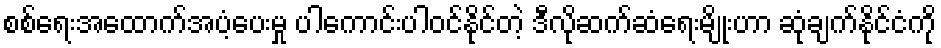
စစ်ရေးအထောက်အပံ့ပေးမှု ပါကောင်းပါဝင်နိုင်တဲ့ ဒီလိုဆက်ဆံရေးမျိုးဟာ ဆုံချက်နိုင်ငံကို